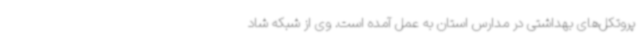
پروتکل‌های بهداشتی در مدارس استان به عمل آمده است. وی از شبکه شاد